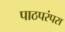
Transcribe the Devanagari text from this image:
पाठपरंपरा